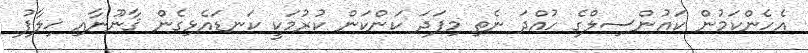
އެހެންކަމުން ކައުންސިލްގެ ހުއްދަ ނެތި މިފަދަ ކަންކަން ކުރުމަކީ ކަނޑައެޅިގެން ޤާނޫނާއި ޚިލާފު